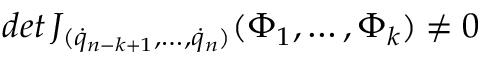
d e t \, J _ { ( { \dot { q } } _ { n - k + 1 } , \dots , { \dot { q } } _ { n } ) } ( \Phi _ { 1 } , \dots , \Phi _ { k } ) \not = 0